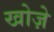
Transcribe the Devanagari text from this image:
खोज़े